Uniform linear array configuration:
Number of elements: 32
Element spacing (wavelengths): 0.75
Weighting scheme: kaiser
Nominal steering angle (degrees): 30
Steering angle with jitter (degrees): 28.894
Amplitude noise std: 0.05
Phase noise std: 0.05

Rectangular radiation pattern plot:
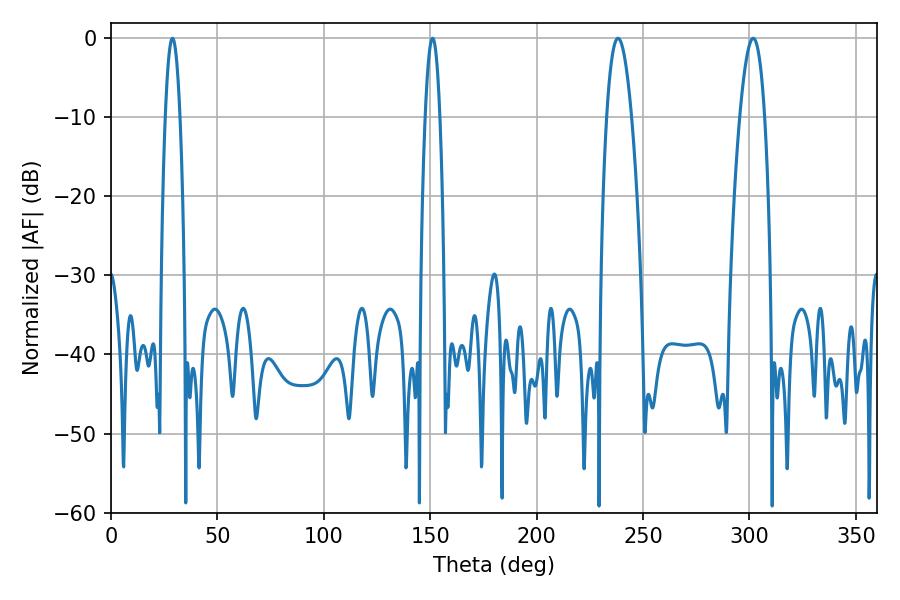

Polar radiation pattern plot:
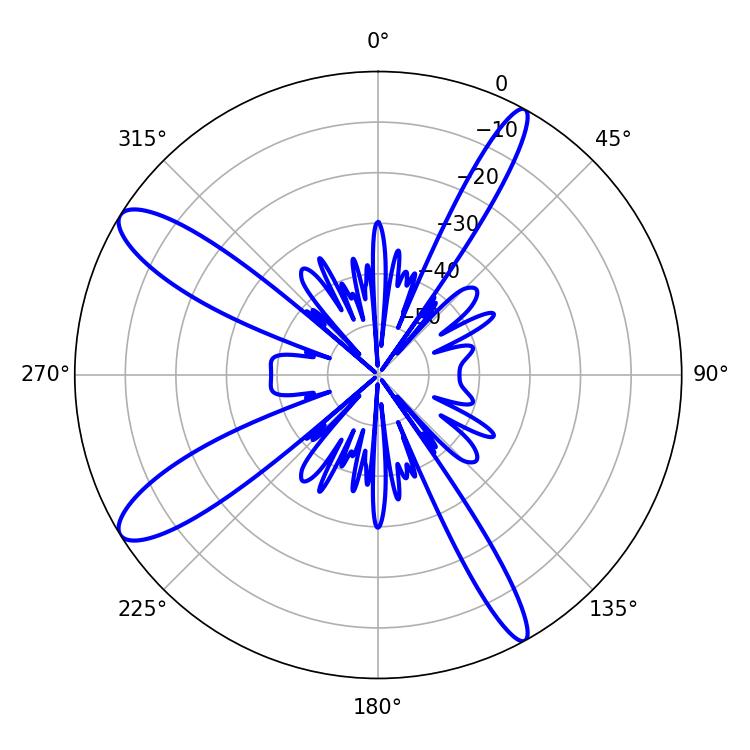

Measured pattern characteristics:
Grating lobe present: TRUE
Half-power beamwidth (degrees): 6.3
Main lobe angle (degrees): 238.32